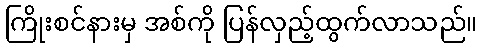
ကြိုးစင်နားမှ အစ်ကို ပြန်လှည့်ထွက်လာသည်။